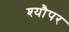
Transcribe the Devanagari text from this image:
श्यौपर